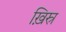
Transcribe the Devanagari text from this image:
ख़िस्र